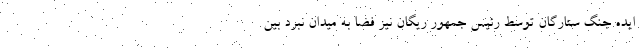
ایده جنگ ستارگان توسط رئیس جمهور ریگان نیز فضا به میدان نبرد بین